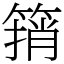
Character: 䈰